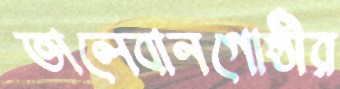
তালেবানগোষ্ঠীর